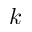
k